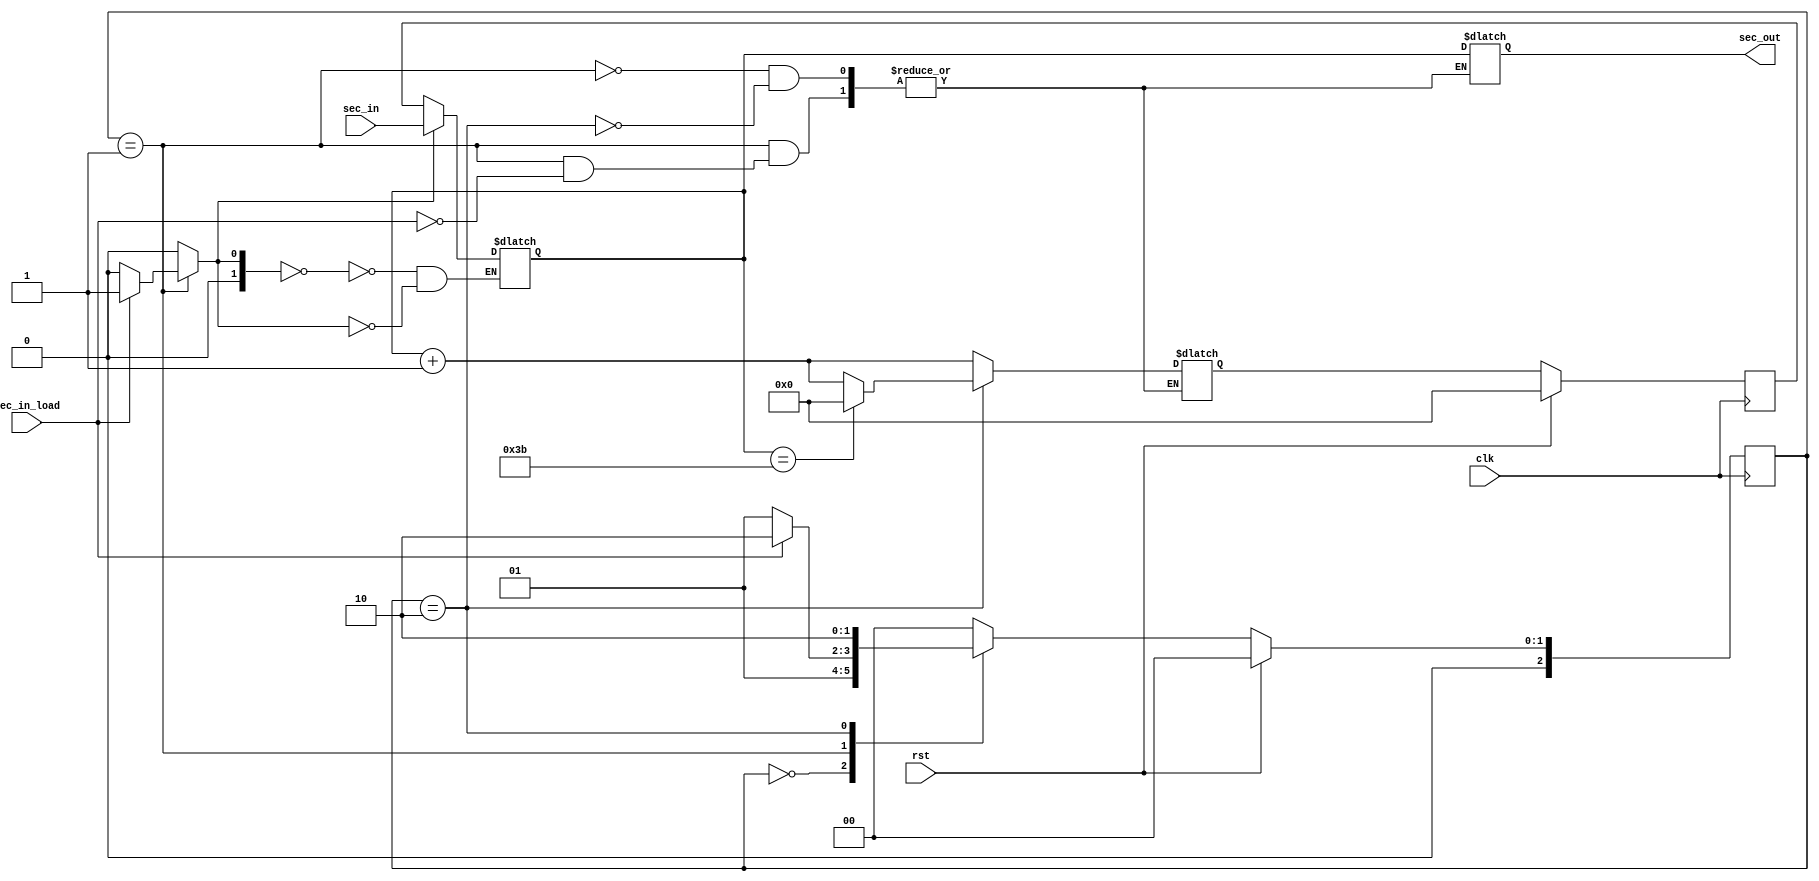
// This program was cloned from: https://github.com/lnis-uofu/OpenFPGA
// License: MIT License

module FSM_second(
	input wire rst,
	input wire clk,
	input wire [5:0] sec_in,
	input wire sec_in_load,
	output reg [5:0] sec_out);
	
	reg  [2:0] ps, ns;
	wire [5:0] sec_data_add;
	reg  [5:0] sec_data;
	reg  [5:0] sec_ps, sec_ns;
	reg  [1:0] sec_sel;
	
	always@(posedge clk)
	begin
		if(rst) ps <= 3'd0;
		else ps <= ns;
	end
	
	always@(posedge clk)
	begin
		if(rst) sec_ps <= 6'd0;
		else sec_ps <= sec_ns;
	end
	
	always@(*)
	begin
		sec_sel = 2'd0;
		case(ps)
			3'd0: begin
				ns = 3'd1;
			end
			3'd1: begin
				if(sec_in_load) begin
					sec_sel = 2'd1;
					sec_out = sec_data;
					ns = 3'd2;
					sec_ns = sec_data_add;
				end
				else ns = 3'd1;
			end
			3'd2: begin
				if(sec_data == 6'd59) begin
					sec_out = sec_data;
					ns = 3'd2;
					sec_ns = 6'd0;
				end
				else begin
					sec_out = sec_data;
					ns = 3'd2;
					sec_ns = sec_data_add;
				end
			end
			default: begin
				ns = 3'd0;
			end
		endcase
	end
	
	assign sec_data_add = sec_data + 1;
	
	always@(*)
	begin
		case(sec_sel)
			2'd0: sec_data = sec_ps;
			2'd1: sec_data = sec_in;
		endcase
	end

endmodule